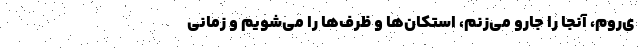
ی‌روم، آنجا را جارو می‌زنم، استکان‌ها و ظرف‌ها را می‌شویم و زمانی